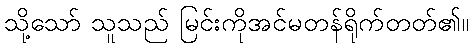
သို့သော် သူသည် မြင်းကိုအင်မတန်ရိုက်တတ်၏။